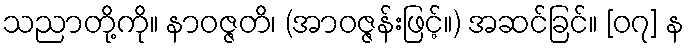
သညာတို့ကို။ နာဝဇ္ဇတိ၊ (အာဝဇ္ဇန်းဖြင့်။) အဆင်ခြင်။ [၀၇] န